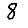
Digit: 8